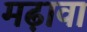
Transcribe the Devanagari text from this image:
मढ़ावा